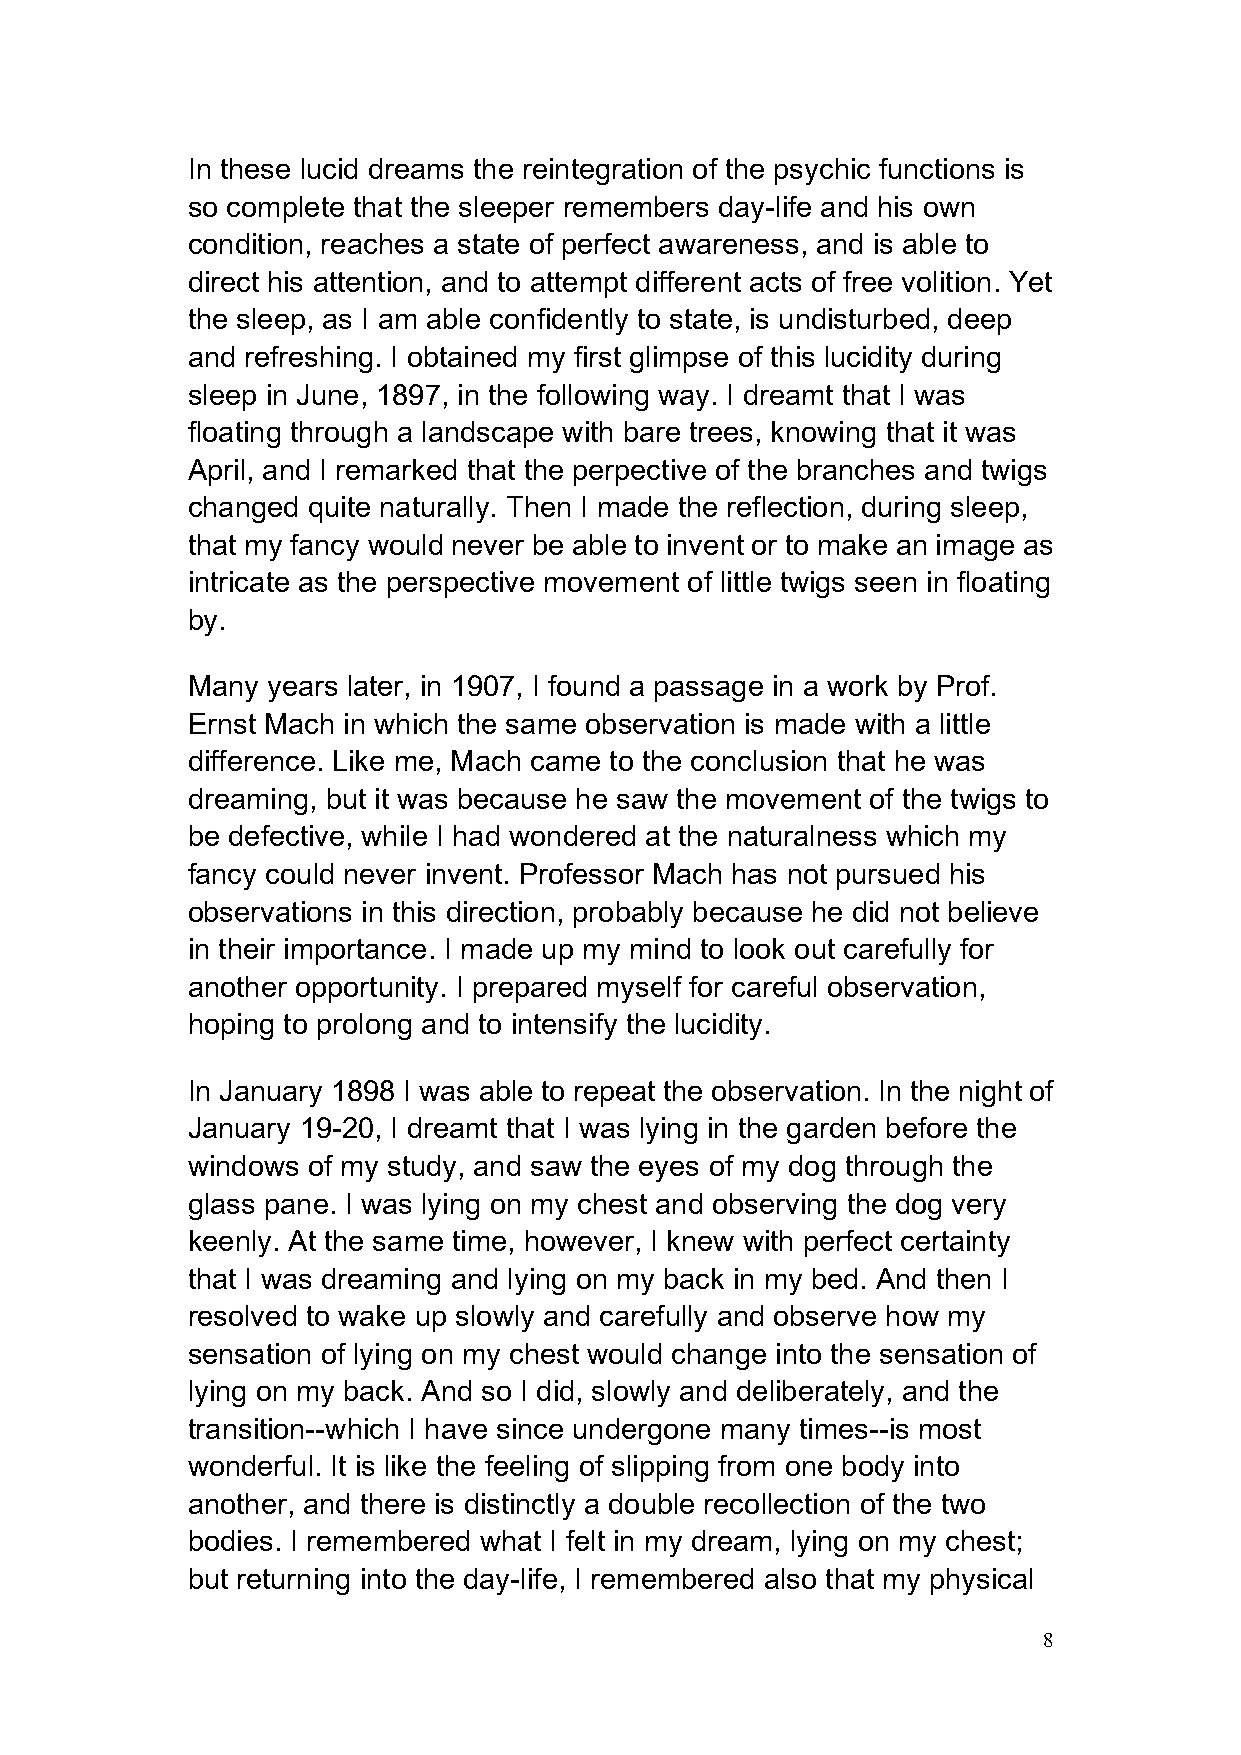
In these lucid dreams the reintegration of the psychic functions is
 so complete that the sleeper remembers day-life and his own
 condition, reaches a state of perfect awareness, and is able to
 direct his attention, and to attempt different acts of free volition. Yet
 the sleep, as I am able confidently to state, is undisturbed, deep
 and refreshing. I obtained my first glimpse of this lucidity during
 sleep in June, 1897, in the following way. I dreamt that I was
 floating through a landscape with bare trees, knowing that it was
 April, and I remarked that the perpective of the branches and twigs
 changed quite naturally. Then I made the reflection, during sleep,
 that my fancy would never be able to invent or to make an image as
 intricate as the perspective movement of little twigs seen in floating
 by.
 Many  years later, in 1907, I found a passage in a work by Prof.
 Ernst Mach in which the same observation is made with a little
 difference. Like me, Mach came to the conclusion that he was
 dreaming, but it was because he saw the movement of the twigs to
 be defective, while I had wondered at the naturalness which my
 fancy could never invent. Professor Mach has not pursued his
 observations in this direction, probably because he did not believe
 in their importance. I made up my mind to look out carefully for
 another opportunity. I prepared myself for careful observation,
 hoping to prolong and to intensify the lucidity.
 In January 1898 I was able to repeat the observation. In the night of
 January 19-20, I dreamt that I was lying in the garden before the
 windows of my study, and saw the eyes of my dog through the
 glass pane. I was lying on my chest and observing the dog very
 keenly. At the same time, however, I knew with perfect certainty
 that I was dreaming and lying on my back in my bed. And then I
 resolved to wake up slowly and carefully and observe how my
 sensation of lying on my chest would change into the sensation of
 lying on my back. And so I did, slowly and deliberately, and the
 transition--which I have since undergone many times--is most
 wonderful. It is like the feeling of slipping from one body into
 another, and there is distinctly a double recollection of the two
 bodies. I remembered what I felt in my dream, lying on my chest;
 but returning into the day-life, I remembered also that my physical
 8